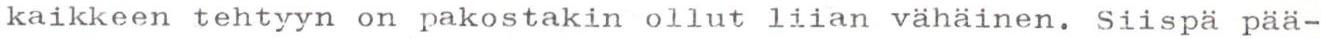
kaikkeen tehtyyn on pakostakin ollut liian vähäinen. Siispä pää-